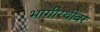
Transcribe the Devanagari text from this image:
भागीरथीवर